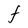
Character: F